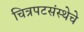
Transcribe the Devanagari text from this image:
चित्रपटसंस्थेचे